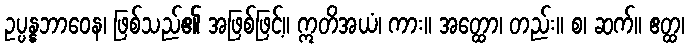
ဥပ္ပန္နဘာဝေန၊ ဖြစ်သည်၏ အဖြစ်ဖြင့်။ ဣတိအယံ၊ ကား။ အတ္ထော၊ တည်း။ စ၊ ဆက်။ ဧတ္ထ၊